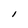
Character: l